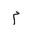
Letter: _mim